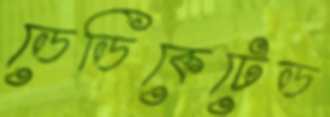
ডেডিকেটেড